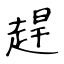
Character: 趕